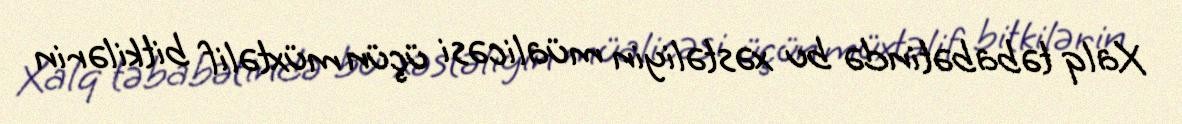
Xalq təbabətində bu xəstəliyin müalicəsi üçün müxtəlif bitkilərin